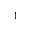
^ { 1 }